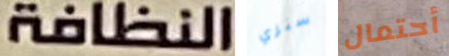
النظافة سنري أحتمال